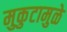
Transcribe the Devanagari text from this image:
मुकुटामुळे